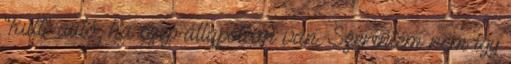
"kult" autó, ha szép állapotban van. Szerintem nem így